Annual report of the Bengal Veterinary College and of the Civil Veterinary Department, Bengal, for the year 1917-18 - 1917-1918
Year: 1917
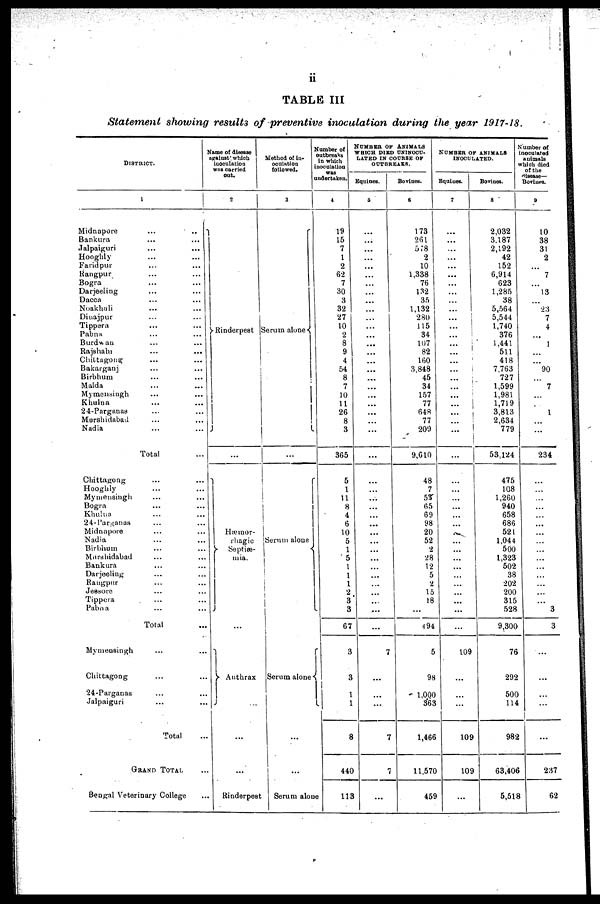
ii
TABLE
III
Statement
showing
results
of
preventive
inoculation during
the
year
1917-18.
DISTRICT.
1
Midnapore... ..
Bankura...
...
Jalpaiguri...
...
Hooghly... ...
Faridpur... ...
Rangpur... ...
Bogra... ...
Darjeeling... ...
Dacca... ...
Noakhali... ...
Dinajpur... ...
Tippera
Pabna
Burdwan... ...
Rajshahi...
...
Chittagong... ...
Bakarganj... ...
Birbhum... ...
Malda...
...
Mymensingh...
...
Khulna...
...
24-Parganas... ...
Murshidabad...
...
Nadia... ...
Total ...
Chittagong... ...
Hooghly... ...
Mymensingh... ...
Bogra...
...
Khulna...
...
24-Parganas... ...
Midnapore...
...
Nadia... ...
Birbhum... ...
Murshidabad...
...
Bankura... ...
Darjeeling... ...
Rangpur...
...
Jessore... ...
Tippera...
...
Pabna...
...
Total ...
Mymensingh... ...
Chittagong...
...
24-Parganas... ...
Jalpaiguri... ...
Total ...
GRAND TOTAL ...
Bengal Veterinary College ...
Name of disease
against which
inoculation
was carried
out.
2
Rinderpest
...
Hæmor-
rhagic
Septiæ-
mia.
...
Anthrax
...
...
...
Rinderpest
Method of in-
oculation
followed.
3
Serum alone
...
Serum alone
Serum alone
...
...
...
Serum alone
Number of
outbreaks
in which
inoculation
was
undertaken.
4
19
15
7
1
2
62
7
30
3
32
27
10
2
8
9
4
54
8
7
10
11
26
8
3
365
5
1
1 1
8
4
6
10
5
1
5
1
1
1
2
3
3
67
3
3
1
1
8
440
113
NUMBER OF ANIMALS
WHICH DIED UNINOCU-
LATED IN COURSE OF
OUTBREAKS.
Equities.
5
...
...
...
...
...
...
...
...
...
...
...
...
...
...
...
...
...
...
...
...
...
...
...
...
...
...
...
...
...
...
...
...
...
...
...
...
...
...
...
...
7
...
...
...
7
7
...
Bovines.
6
173
261
578
2
10
1,338
76
132
35
1,132
280
115
34
107
82
160
3,848
45
34
157
77
648
77
209
9,610
48
7
53
65
69
98
20
52
2
28
12
5
2
15
18
...
4 94
5
98
1,000
363
1,466
11,570
459
NUMBER OF ANIMALS
INOCULATED.
Equines.
7
...
...
...
...
...
...
...
...
...
...
...
...
...
...
...
...
...
...
...
...
...
...
...
...
...
...
...
...
...
...
...
...
...
...
...
...
...
...
...
109
...
...
...
109
109
...
Bovines.
8
2,032
3.187
2,192
42
152
6,914
623
1,285
38
5,564
5,544
1,740
376
1,441
511
418
7,763
727
1,599
1,981
1,719
3,813
2,634
779
53,124
475
108
1,260
940
658
686
521
1,044
500
1,323
502
38
202
200
315
528
9,300
76
292
500
114
982
63,406
5,518
Number of
inoculated
animals
which died
of the
disease—
Bovines.
9
10
38
31
2
...
7
...
13
...
23
7
4
...
1
...
...
90
...
7
...
...
1
...
...
234
...
...
...
...
...
...
...
...
...
...
...
...
...
...
...
3
3
...
...
...
...
...
237
62